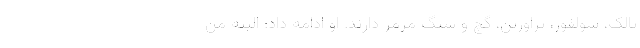
تالک، سولفور، تراورتن، گچ و سنگ مرمر دارند. او ادامه داد: البته من